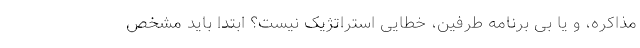
مذاکره، و یا بی برنامه‌ طرفین، خطایی استراتژیک نیست؟ ابتدا باید مشخص